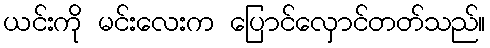
ယင်းကို မင်းလေးက ပြောင်လှောင်တတ်သည်။